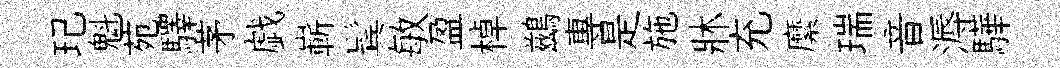
玘魁苑驛茅戯嶄鬂敏盈棹鷀專是施牀充縻瑞音溽驊